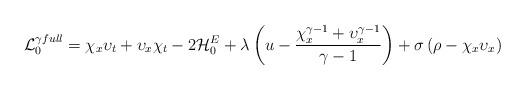
LaTeX: \begin{align*}{\cal L}_{0}^{\gamma full} = \chi_{x} \upsilon_{t} +\upsilon_{x}\chi_{t} - 2 {\cal H}_0^E + \lambda \left( u - \frac{\chi_x^{\gamma-1} + \upsilon_x^{\gamma-1}}{\gamma-1} \right) +\sigma \left( \rho - \chi_x \upsilon_x \right) \end{align*}